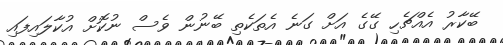
ބޭކާރު އެއްޗެހި ގޭގެ އަށް ގަނެ އެތަކެތި ބޭނުން ވެސް ނުކޮށް އުކާލައިފައި